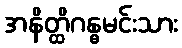
အနိတ္ထိဂန္ဓမင်းသား